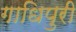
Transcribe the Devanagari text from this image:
गाधिपुरी